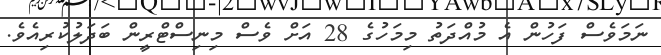
ނަމަވެސް ފަހުން އެ މުއްދަތު މިމަހުގެ 28 އަށް ވެސް މިނިސްޓްރީން ބަދަލުކުރިއެވެ.